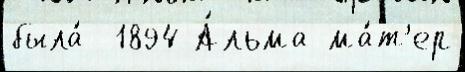
была́  1894 А́льма-ма́т'ер